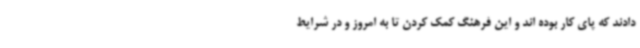
دادند که پای کار بوده اند و این فرهنگ کمک کردن تا به امروز و در شرایط